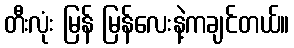
တီးလုံး မြန် မြန်လေးနဲ့ကချင်တယ်။